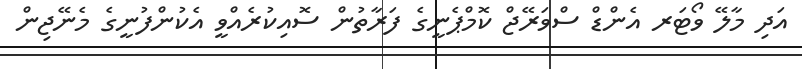
އަދި މާލޭ ވޯޓަރ އެންޑް ސްވަރޭޖް ކޮމްޕެނީގެ ފަރާތުން ސޮއިކުރެއްވީ އެކުންފުނީގެ މެނޭޖިން